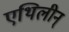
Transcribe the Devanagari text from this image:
एथिलीन्‌